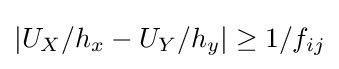
|U_{X}/h_{x}-U_{Y}/h_{y}|\geq 1/f_{ij}